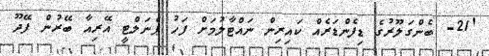
'21- ބެންގަލޫރުގެ ޑިފެންޑަރެއް ކައިރިން ނައްޓާލުމަށް ފަހު ޕެނަލްޓީ އޭރިއާ ބޭރުން ފޭދޫ